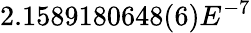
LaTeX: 2.1589180648(6)E^{-7}